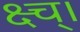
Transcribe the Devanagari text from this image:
क्ष्च्।